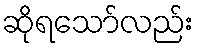
ဆိုရသော်လည်း